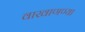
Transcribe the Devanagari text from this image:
वाखाणण्या